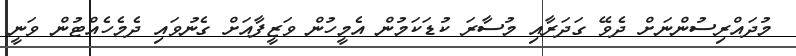
މުދައްރިސުންނަށް ދެވޭ ގަދަރާއި މުސާރަ ކުޑަކަމުން އެމީހުން ވަޒީފާއަށް ގެނުވައި ދެމެހެއްޓުން ވަނީ